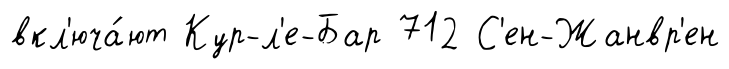
вкл'юча́ют Кур-л'е-Бар 712 С'ен-Жанвр'ен